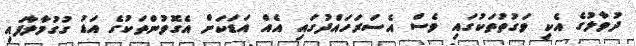
ދުވާލުގެ އެކި ވަގުތުތަކުގައި ވެސް އެސަރަހައްދުގައި އެއް އަޑަކަށް އެގޮވުންތަކުގެ އަޑު ގުގުމާލާފައި